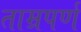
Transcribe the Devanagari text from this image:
ताम्रपर्ण